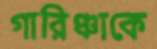
গারিঞ্চাকে